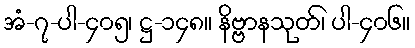
အံ-၇-ပါ-၄၀၅၊ ဋ္ဌ-၁၄၈။ နိဗ္ဗာနသုတ်၊ ပါ-၄၀၆။